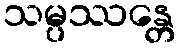
သမ္ပဿန္တေ